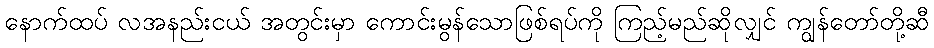
နောက်ထပ် လအနည်းငယ် အတွင်းမှာ ကောင်းမွန်သောဖြစ်ရပ်ကို ကြည့်မည်ဆိုလျှင် ကျွန်တော်တို့ဆီ